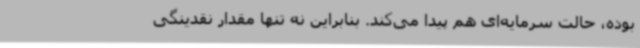
بوده، حالت سرمایه‌ای هم پیدا می‌کند. بنابراین نه تنها مقدار نقدینگی